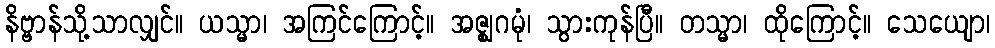
နိဗ္ဗာန်သို့သာလျှင်။ ယသ္မာ၊ အကြင်ကြောင့်။ အဇ္ဈဂမုံ၊ သွားကုန်ပြီ။ တသ္မာ၊ ထိုကြောင့်။ သေယျော၊